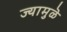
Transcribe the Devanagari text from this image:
ज्यामुळॆ